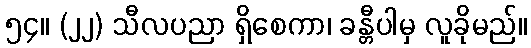
၅၄။ (၂၂) သီလပညာ ရှိစေကာ၊ ခန္တီပါမှ လူခိုမည်။